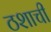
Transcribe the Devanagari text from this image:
ठशाची